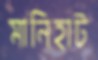
মানিহাট